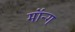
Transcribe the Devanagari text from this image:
मॉन्ग